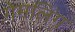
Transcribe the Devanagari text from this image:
गेमलिंग